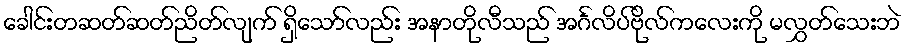
ခေါင်းတဆတ်ဆတ်ညိတ်လျက် ရှိသော်လည်း အနာတိုလီသည် အင်္ဂလိပ်ဗိုလ်ကလေးကို မလွှတ်သေးဘဲ